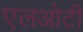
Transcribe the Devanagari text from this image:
एलओटी